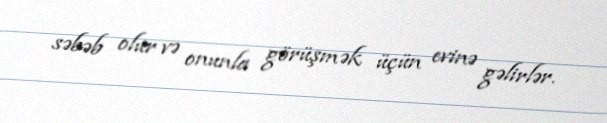
səbəb olur və onunla görüşmək üçün evinə gəlirlər.